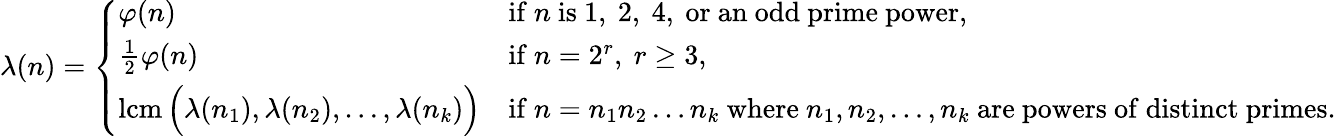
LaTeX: \lambda(n)={\left\{ \begin{array}{ll}{\varphi(n)}&{{\mathrm{if~}}n{\mathrm{~is~1,~2,~4,~or~an~odd~prime~power,}}}\\ {{\frac{1}{2}}\varphi(n)}&{{\mathrm{if~}}n=2^{r},\ r\geq 3,}\\ {\operatorname{lcm}{\Bigl(}\lambda(n_{1}),\lambda(n_{2}),\ldots,\lambda(n_{k}){\Bigr)}}&{{\mathrm{if~}}n=n_{1}n_{2}\ldots n_{k}{\mathrm{~where~}}n_{1},n_{2},\ldots,n_{k}{\mathrm{~are~powers~of~distinct~primes.}}}\end{array}\right.}